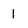
Character: 1